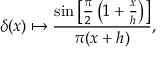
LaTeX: \delta ( x ) \mapsto { \frac { \sin \left[ { \frac { \pi } { 2 } } \left( 1 + { \frac { x } { h } } \right) \right] } { \pi ( x + h ) } } ,